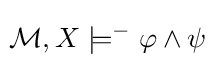
\!{\mathcal {M}},X\models ^{-}\varphi \wedge \psi